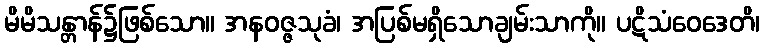
မိမိသန္တာန်၌ဖြစ်သော။ အနဝဇ္ဇသုခံ၊ အပြစ်မရှိသောချမ်းသာကို။ ပဋိသံဝေဒေတိ၊